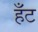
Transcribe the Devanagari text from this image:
हँट